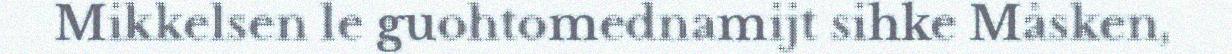
Mikkelsen le guohtomednamijt sihke Måsken,